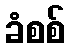
ခံစစ်